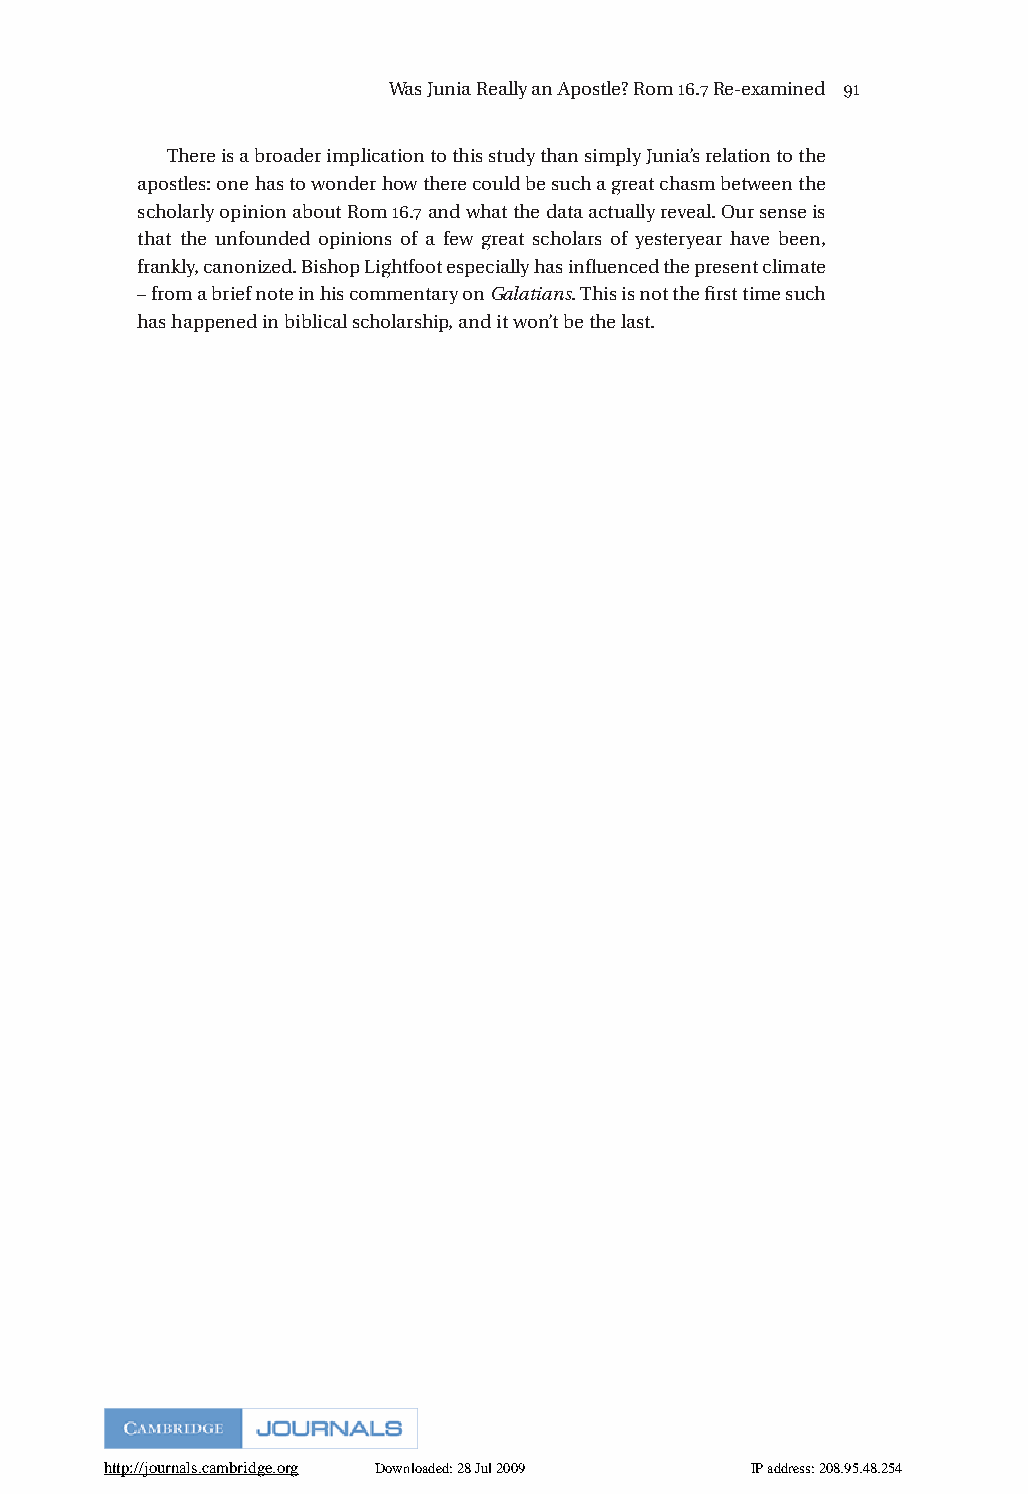
Was Junia Really an Apostle? Rom .Re-examined 
 There is a broader implication to this study than simply Junia’s relation to the
 apostles: one has to wonder how there could be such a great chasm between the
 scholarly opinion about Rom .and what the data actually reveal. Our sense is
 that the unfounded opinions of a few great scholars of yesteryear have been,
 frankly, canonized. Bishop Lightfoot especially has influenced the present climate
 – from a brief note in his commentary on Galatians. This is not the first time such
 has happened in biblical scholarship, and it won’t be the last.
 http://journals.cambridge.org Downloaded: 28 Jul 2009 IP address: 208.95.48.254